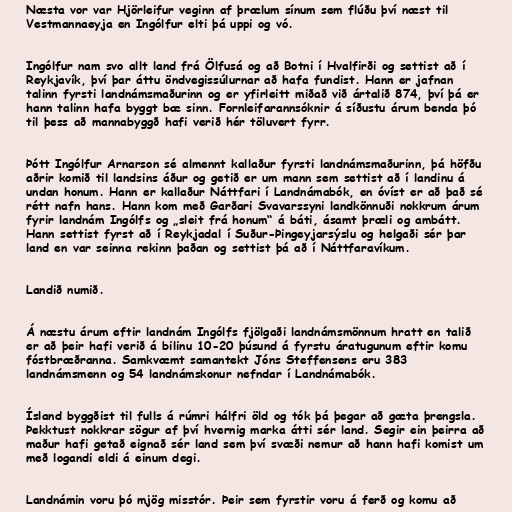
Næsta vor var Hjörleifur veginn af þrælum sínum sem flúðu því næst til
Vestmannaeyja en Ingólfur elti þá uppi og vó.

Ingólfur nam svo allt land frá Ölfusá og að Botni í Hvalfirði og settist að í
Reykjavík, því þar áttu öndvegissúlurnar að hafa fundist. Hann er jafnan
talinn fyrsti landnámsmaðurinn og er yfirleitt miðað við ártalið 874, því þá er
hann talinn hafa byggt bæ sinn. Fornleifarannsóknir á síðustu árum benda þó
til þess að mannabyggð hafi verið hér töluvert fyrr.

Þótt Ingólfur Arnarson sé almennt kallaður fyrsti landnámsmaðurinn, þá höfðu
aðrir komið til landsins áður og getið er um mann sem settist að í landinu á
undan honum. Hann er kallaður Náttfari í Landnámabók, en óvíst er að það sé
rétt nafn hans. Hann kom með Garðari Svavarssyni landkönnuði nokkrum árum
fyrir landnám Ingólfs og „sleit frá honum“ á báti, ásamt þræli og ambátt.
Hann settist fyrst að í Reykjadal í Suður-Þingeyjarsýslu og helgaði sér þar
land en var seinna rekinn þaðan og settist þá að í Náttfaravíkum.

Landið numið.

Á næstu árum eftir landnám Ingólfs fjölgaði landnámsmönnum hratt en talið
er að þeir hafi verið á bilinu 10-20 þúsund á fyrstu áratugunum eftir komu
fóstbræðranna. Samkvæmt samantekt Jóns Steffensens eru 383
landnámsmenn og 54 landnámskonur nefndar í Landnámabók.

Ísland byggðist til fulls á rúmri hálfri öld og tók þá þegar að gæta þrengsla.
Þekktust nokkrar sögur af því hvernig marka átti sér land. Segir ein þeirra að
maður hafi getað eignað sér land sem því svæði nemur að hann hafi komist um
með logandi eldi á einum degi.

Landnámin voru þó mjög misstór. Þeir sem fyrstir voru á ferð og komu að